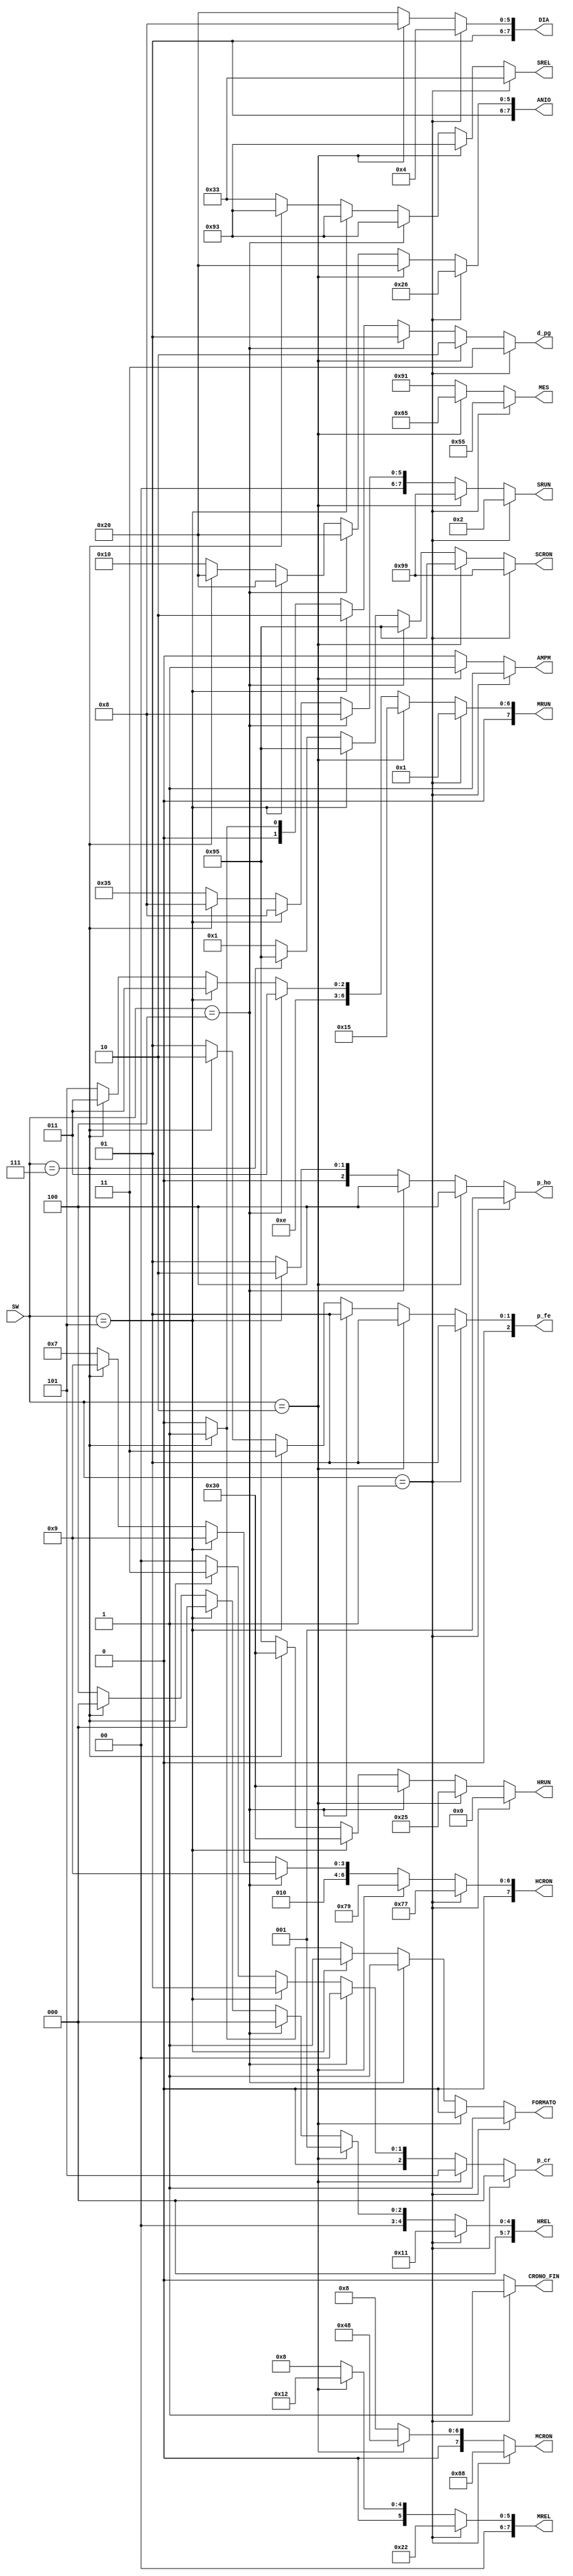
`timescale 1ns / 1ps
//////////////////////////////////////////////////////////////////////////////////
// Company: 
// Engineer: 
// 
// Design Name: 
// Module Name:    Prueba 
// Project Name: 
// Target Devices: 
// Tool versions: 
// Description: 
//
// Dependencies: 
//
// Revision: 
// Revision 0.01 - File Created
// Additional Comments: 
//
//////////////////////////////////////////////////////////////////////////////////
module Prueba(
	input [2:0] SW,
	output reg [1:0] d_pg,
	output reg [2:0] p_cr, p_fe, p_ho,
	output reg CRONO_FIN, AMPM, FORMATO,
	output reg [7:0] HREL, MREL, SREL, DIA, MES, ANIO, HCRON, MCRON,SCRON, HRUN, MRUN, SRUN
    );
	 

	always @*
	begin
		if(SW==3'b001) 
			begin 
				d_pg=3;
				p_cr=0;
				p_fe=1;
				p_ho=1;
				CRONO_FIN=1;
				AMPM=1; 
				FORMATO=1;
				HREL=8'h11;
				MREL=8'h22; 
				SREL=8'h33;
				DIA=8'h44;
				MES=8'h55;
				ANIO=8'h66;
				HCRON=8'h77;
				MCRON=8'h88;
				SCRON=8'h99;
				HRUN=8'h00;
				MRUN=8'h01; 
				SRUN=8'h02;
			end
		else if(SW==3'b010) 
			begin 
				d_pg=2;
				p_cr=5;
				p_fe=1;
				p_ho=4;
				CRONO_FIN=0;
				AMPM=1; 
				FORMATO=0;
				HREL=8'h01;
				MREL=8'h12; 
				SREL=8'h93;
				DIA=8'h48;
				MES=8'h65;
				ANIO=8'h60;
				HCRON=8'h79;
				MCRON=8'h48;
				SCRON=8'h95;
				HRUN=8'h25;
				MRUN=8'h15; 
				SRUN=8'h99;
			end
		else if (SW==3'b100)
			begin
				d_pg=1;
				p_cr=0;				
				p_fe=1;
				p_ho=4;
				CRONO_FIN=0;
				AMPM=0; 
				FORMATO=1;
				HREL=8'h00;
				MREL=8'h08; 
				SREL=8'h93;
				DIA=8'h60;
				MES=8'h91;
				ANIO=8'h60;
				HCRON=8'h29;
				MCRON=8'h08;
				SCRON=8'h95;
				HRUN=8'h30;
				MRUN=8'h73; 
				SRUN=8'h08;
			end
			else if (SW==3'b101)
			begin
				d_pg=2;
				p_cr=1;				
				p_fe=3;
				p_ho=2;
				CRONO_FIN=0;
				AMPM=0; 
				FORMATO=1;
				HREL=8'h00;
				MREL=8'h08; 
				SREL=8'h93;
				DIA=8'h60;
				MES=8'h91;
				ANIO=8'h60;
				HCRON=8'h29;
				MCRON=8'h08;
				SCRON=8'h95;
				HRUN=8'h30;
				MRUN=8'h73; 
				SRUN=8'h08;
			end
			else if (SW==3'b111)
			begin
				d_pg=1;
				p_cr=3;				
				p_fe=2;
				p_ho=1;
				CRONO_FIN=0;
				AMPM=0; 
				FORMATO=1;
				HREL=8'h00;
				MREL=8'h08; 
				SREL=8'h93;
				DIA=8'h60;
				MES=8'h91;
				ANIO=8'h60;
				HCRON=8'h29;
				MCRON=8'h08;
				SCRON=8'h95;
				HRUN=8'h30;
				MRUN=8'h73; 
				SRUN=8'h08;
			end
		else
		begin 
				d_pg=0;
				p_cr=0;
				p_fe=1;
				p_ho=1;
				CRONO_FIN=0;
				AMPM=0; 
				FORMATO=0;
				HREL=8'h04;
				MREL=8'h08; 
				SREL=8'h33;
				DIA=8'h60;
				MES=8'h91;
				ANIO=8'h50;
				HCRON=8'h27;
				MCRON=8'h08;
				SCRON=8'h01;
				HRUN=8'h95;
				MRUN=8'h75; 
				SRUN=8'h35;
			end
	end
	 
endmodule